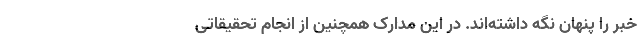
خبر را پنهان نگه داشته‌اند. در این مدارک همچنین از انجام تحقیقاتی